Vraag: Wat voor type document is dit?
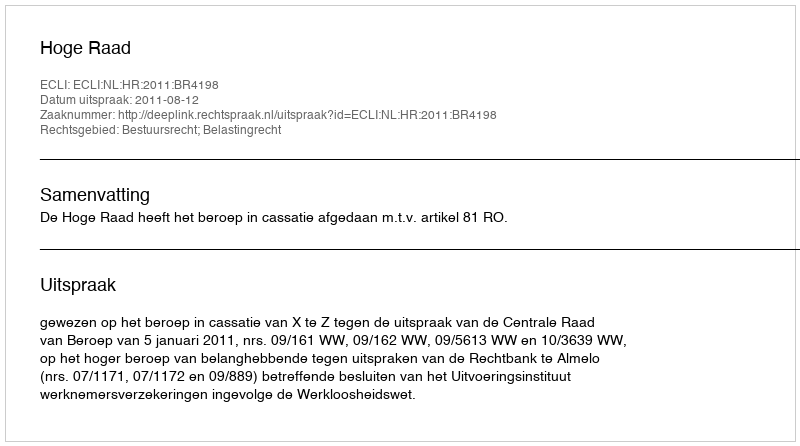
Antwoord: Uitspraak